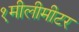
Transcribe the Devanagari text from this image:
१मीलीमीटर